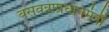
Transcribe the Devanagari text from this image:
बसवन्नाप्रधानमंत्री